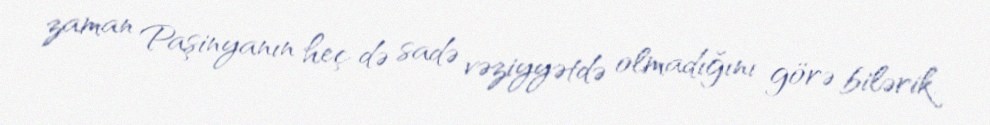
zaman Paşinyanın heç də sadə vəziyyətdə olmadığını görə bilərik.